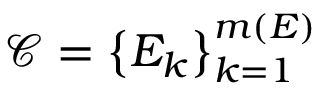
\mathcal { C } = \left\{ E _ { k } \right\} _ { k = 1 } ^ { m ( E ) }